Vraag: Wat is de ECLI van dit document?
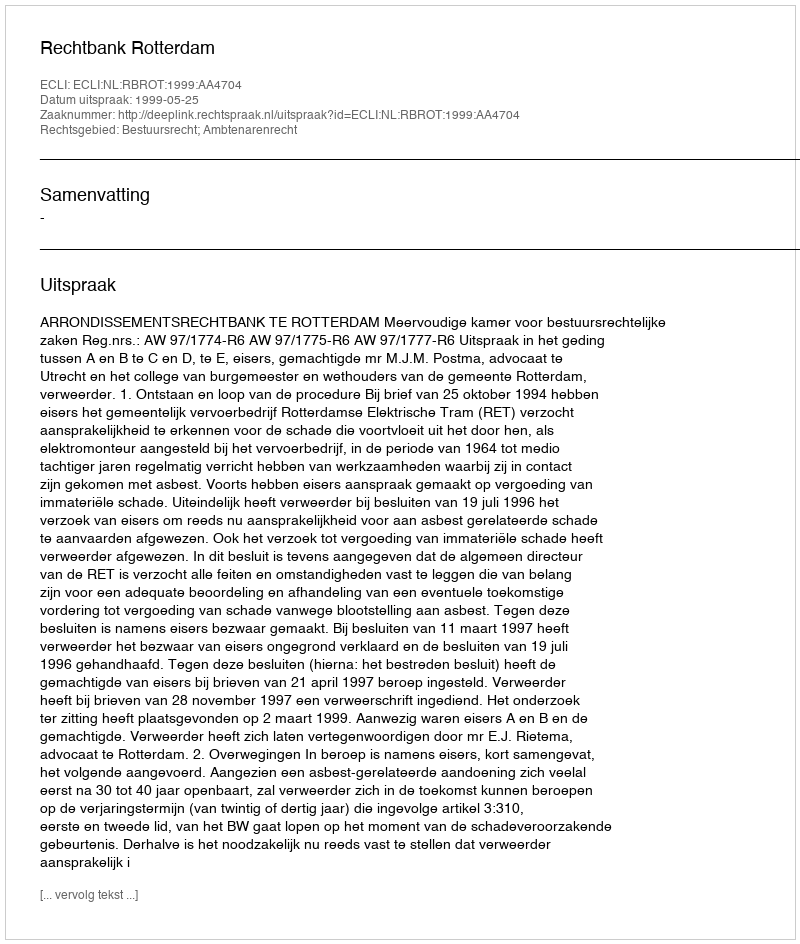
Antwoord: ECLI:NL:RBROT:1999:AA4704